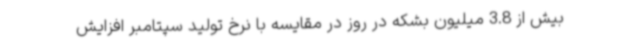
بیش از 3.8 میلیون بشکه در روز در مقایسه با نرخ تولید سپتامبر افزایش